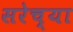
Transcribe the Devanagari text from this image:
सरेच्या